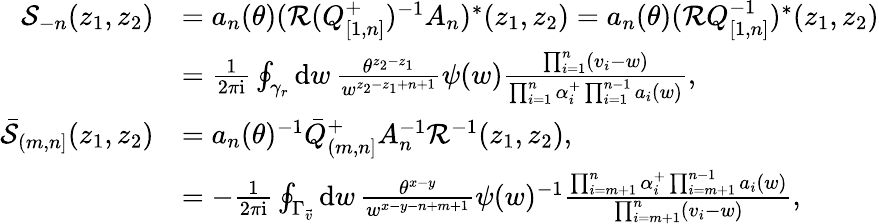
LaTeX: \begin{array}{rl}{\mathcal{S}_{-n}(z_{1},z_{2})}&{=a_{n}(\theta)(\mathcal{R}(Q_{[1,n]}^{+})^{-1}A_{n})^{*}(z_{1},z_{2})=a_{n}(\theta)(\mathcal{R}Q_{[1,n]}^{-1})^{*}(z_{1},z_{2})}\\ &{=\frac{1}{2\pi\mathrm{i}}\oint_{\gamma_{r}}\mathrm{d}w\, \frac{\theta^{z_{2}-z_{1}}}{w^{z_{2}-z_{1}+n+1}}\psi(w)\frac{\prod_{i=1}^{n}(v_{i}-w)}{\prod_{i=1}^{n}\alpha_{i}^{+}\prod_{i=1}^{n-1}a_{i}(w)},}\\ {\bar{\mathcal{S}}_{(m,n]}(z_{1},z_{2})}&{=a_{n}(\theta)^{-1}\bar{Q}_{(m,n]}^{+}A_{n}^{-1}\mathcal{R}^{-1}(z_{1},z_{2}),}\\ &{=-\frac{1}{2\pi\mathrm{i}}\oint_{\Gamma_{\vec{v}}}\mathrm{d}w\, \frac{\theta^{x-y}}{w^{x-y-n+m+1}}\psi(w)^{-1}\frac{\prod_{i=m+1}^{n}\alpha_{i}^{+}\prod_{i=m+1}^{n-1}a_{i}(w)}{\prod_{i=m+1}^{n}(v_{i}-w)},}\end{array}